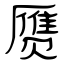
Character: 赝